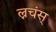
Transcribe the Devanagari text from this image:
ल्नचंस्